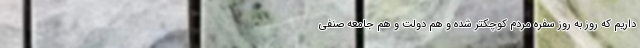
داریم که روز به روز سفره مردم کوچکتر شده و هم دولت و هم جامعه صنفی